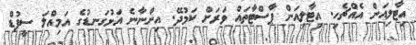
އިޓާލިއަން އެއްޗެހި. އިޓާލިއަން ޕާސްޓާތައް ވަރަށް ކަމުދޭ. އިންނާނެ އަޅުގަނޑުގެ އަމިއްލަ ސީފުޑް